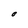
Character: O